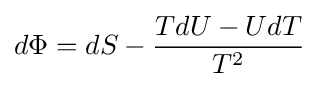
d\Phi =dS-{\frac {TdU-UdT}{T^{2}}}